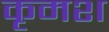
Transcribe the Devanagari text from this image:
कृमश